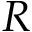
R